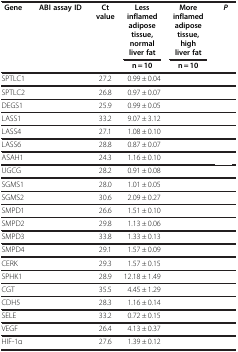
<table><thead><tr><td><b>Gene</b></td><td><b>ABI assay ID</b></td><td><b>Ct value</b></td><td><b>Less inflamed adipose tissue, normal liver fat</b></td><td><b>More inflamed adipose tissue, high liver fat</b></td><td><b><i>P</i></b></td></tr><tr><td>[EMPTY_CELL]</td><td>[EMPTY_CELL]</td><td>[EMPTY_CELL]</td><td><b>n = 10</b></td><td><b>n = 10</b></td><td>[EMPTY_CELL]</td></tr></thead><tbody><tr><td>SPTLC1</td><td>[EMPTY_CELL]</td><td>27.2</td><td>0.99 ± 0.04</td><td>[EMPTY_CELL]</td><td>[EMPTY_CELL]</td></tr><tr><td>SPTLC2</td><td>[EMPTY_CELL]</td><td>26.8</td><td>0.97 ± 0.07</td><td>[EMPTY_CELL]</td><td>[EMPTY_CELL]</td></tr><tr><td>DEGS1</td><td>[EMPTY_CELL]</td><td>25.9</td><td>0.99 ± 0.05</td><td>[EMPTY_CELL]</td><td>[EMPTY_CELL]</td></tr><tr><td>LASS1</td><td>[EMPTY_CELL]</td><td>33.2</td><td>9.07 ± 3.12</td><td>[EMPTY_CELL]</td><td>[EMPTY_CELL]</td></tr><tr><td>LASS4</td><td>[EMPTY_CELL]</td><td>27.1</td><td>1.08 ± 0.10</td><td>[EMPTY_CELL]</td><td>[EMPTY_CELL]</td></tr><tr><td>LASS6</td><td>[EMPTY_CELL]</td><td>28.8</td><td>0.87 ± 0.07</td><td>[EMPTY_CELL]</td><td>[EMPTY_CELL]</td></tr><tr><td>ASAH1</td><td>[EMPTY_CELL]</td><td>24.3</td><td>1.16 ± 0.10</td><td>[EMPTY_CELL]</td><td>[EMPTY_CELL]</td></tr><tr><td>UGCG</td><td>[EMPTY_CELL]</td><td>28.2</td><td>0.91 ± 0.08</td><td>[EMPTY_CELL]</td><td>[EMPTY_CELL]</td></tr><tr><td>SGMS1</td><td>[EMPTY_CELL]</td><td>28.0</td><td>1.01 ± 0.05</td><td>[EMPTY_CELL]</td><td>[EMPTY_CELL]</td></tr><tr><td>SGMS2</td><td>[EMPTY_CELL]</td><td>30.6</td><td>2.09 ± 0.27</td><td>[EMPTY_CELL]</td><td>[EMPTY_CELL]</td></tr><tr><td>SMPD1</td><td>[EMPTY_CELL]</td><td>26.6</td><td>1.51 ± 0.10</td><td>[EMPTY_CELL]</td><td>[EMPTY_CELL]</td></tr><tr><td>SMPD2</td><td>[EMPTY_CELL]</td><td>29.8</td><td>1.13 ± 0.06</td><td>[EMPTY_CELL]</td><td>[EMPTY_CELL]</td></tr><tr><td>SMPD3</td><td>[EMPTY_CELL]</td><td>33.8</td><td>1.33 ± 0.13</td><td>[EMPTY_CELL]</td><td>[EMPTY_CELL]</td></tr><tr><td>SMPD4</td><td>[EMPTY_CELL]</td><td>29.1</td><td>1.57 ± 0.09</td><td>[EMPTY_CELL]</td><td>[EMPTY_CELL]</td></tr><tr><td>CERK</td><td>[EMPTY_CELL]</td><td>29.3</td><td>1.57 ± 0.15</td><td>[EMPTY_CELL]</td><td>[EMPTY_CELL]</td></tr><tr><td>SPHK1</td><td>[EMPTY_CELL]</td><td>28.9</td><td>12.18 ± 1.49</td><td>[EMPTY_CELL]</td><td>[EMPTY_CELL]</td></tr><tr><td>CGT</td><td>[EMPTY_CELL]</td><td>35.5</td><td>4.45 ± 1.29</td><td>[EMPTY_CELL]</td><td>[EMPTY_CELL]</td></tr><tr><td>CDH5</td><td>[EMPTY_CELL]</td><td>28.3</td><td>1.16 ± 0.14</td><td>[EMPTY_CELL]</td><td>[EMPTY_CELL]</td></tr><tr><td>SELE</td><td>[EMPTY_CELL]</td><td>33.2</td><td>0.72 ± 0.15</td><td>[EMPTY_CELL]</td><td>[EMPTY_CELL]</td></tr><tr><td>VEGF</td><td>[EMPTY_CELL]</td><td>26.4</td><td>4.13 ± 0.37</td><td>[EMPTY_CELL]</td><td>[EMPTY_CELL]</td></tr><tr><td>HIF-1α</td><td>[EMPTY_CELL]</td><td>27.6</td><td>1.39 ± 0.12</td><td>[EMPTY_CELL]</td><td>[EMPTY_CELL]</td></tr></tbody></table>